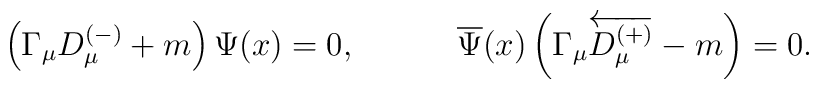
\left( \Gamma _\mu D_\mu ^{(-)}+m\right) \Psi (x)=0 ,\hspace{0.5in}\overline{ \Psi }(x)\left( \Gamma _\mu\overleftarrow{D_\mu ^{(+)}}-m\right) =0  .